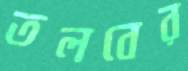
তলবের